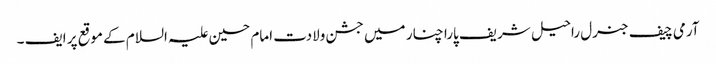
آرمی چیف جنرل راحیل شریف پارا چنار میں جشن ولادت امام حسین علیہ السلام کے موقع پر ایف ۔